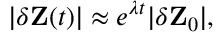
| \delta \mathbf { Z } ( t ) | \approx e ^ { \lambda t } | \delta \mathbf { Z } _ { 0 } | ,